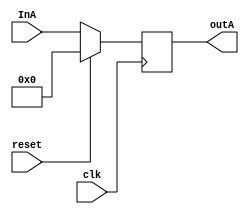
`timescale 1ns / 1ps
//////////////////////////////////////////////////////////////////////////////////
// Company: 
// Engineer: 
// 
// Design Name: 
// Module Name:    RegisterA 
// Project Name: 
// Target Devices: 
// Tool versions: 
// Description: 
//
// Dependencies: 
//
// Revision: 
// Revision 0.01 - File Created
// Additional Comments: 
//
//////////////////////////////////////////////////////////////////////////////////
module RegisterA(outA,InA,clk,reset);
input [31:0]InA;
input reset,clk;
output [31:0] outA;

reg [31:0]registerA;

assign outA = registerA;

always@(posedge clk) // runs the clock.
begin
	if (reset)
		begin 
		registerA <= 32'b0;
		end
	
	else
		registerA <= InA;
		
end

endmodule